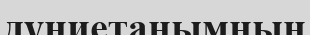
дүниетанымның